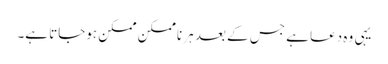
یہی وہ دعا ہے جس کے بعد ہر ناممکن ممکن ہوجاتا ہے۔